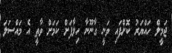
ޖަމީލް ހައްޔަރު ކޮށްފައި ވަނީ ގާނޫނާ ހިލާފަށް ކަމަށް ވާތީ އެ މައްސަލަ